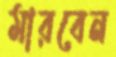
মারবেন